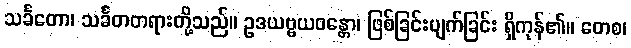
သင်္ခတော၊ သင်္ခတတရားတို့သည်။ ဥဒယဗ္ဗယဝန္တော၊ ဖြစ်ခြင်းပျက်ခြင်း ရှိကုန်၏။ တေစ၊